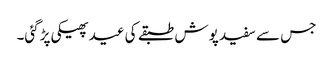
جس سے سفید پوش طبقے کی عید پھیکی پڑگئی۔